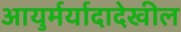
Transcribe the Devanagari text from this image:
आयुर्मर्यादादेखील